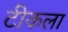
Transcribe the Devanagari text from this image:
टीकला